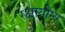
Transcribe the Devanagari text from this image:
रक्षायोग्य